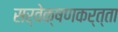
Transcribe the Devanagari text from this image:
सर्वेक्षणकर्त्ता